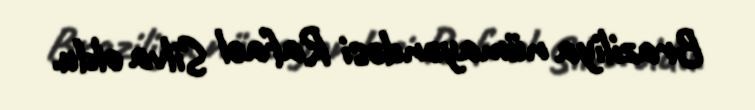
Braziliya nümayəndəsi Rafael Silva oldu.